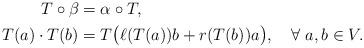
LaTeX: \begin{align*} T\circ \beta &= \alpha \circ T,\\ T (a) \cdot T (b)&= T \big(\ell(T (a))b + r(T (b))a\big), \quad\forall \ a, b \in V.\end{align*}